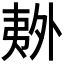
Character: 𫯏